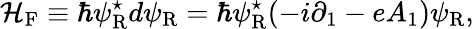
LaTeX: {\cal H}_{\mathrm{F}}\equiv\hbar\psi_{\mathrm{R}}^{\star}d\psi_{\mathrm{R}}=\hbar\psi_{\mathrm{R}}^{\star}(-i{\partial}_{1}-eA_{1})\psi_{\mathrm{R}},